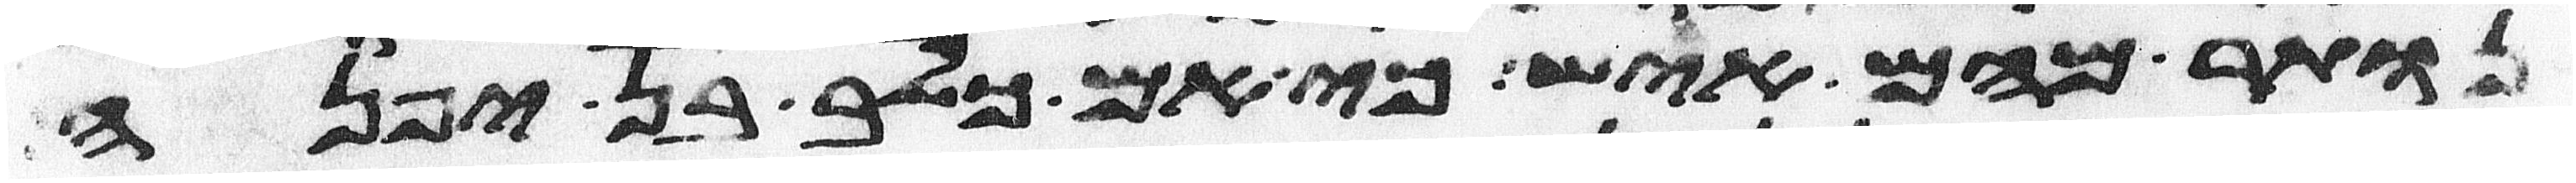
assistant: נותר מהם איש כי אם כלב בן יפנה